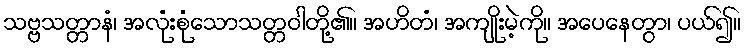
သဗ္ဗသတ္တာနံ၊ အလုံးစုံသောသတ္တဝါတို့၏။ အဟိတံ၊ အကျိုးမဲ့ကို။ အပေနေတွာ၊ ပယ်၍။